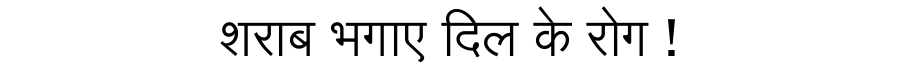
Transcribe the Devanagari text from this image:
शराब भगाए दिल के रोग !